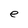
Character: e